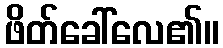
ဖိတ်ခေါ်လေ၏။